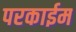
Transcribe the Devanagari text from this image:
परकाईम